Civil Veterinary Department. Madras. Admin. report 1926-33 - 1926-1933
Year: 1926
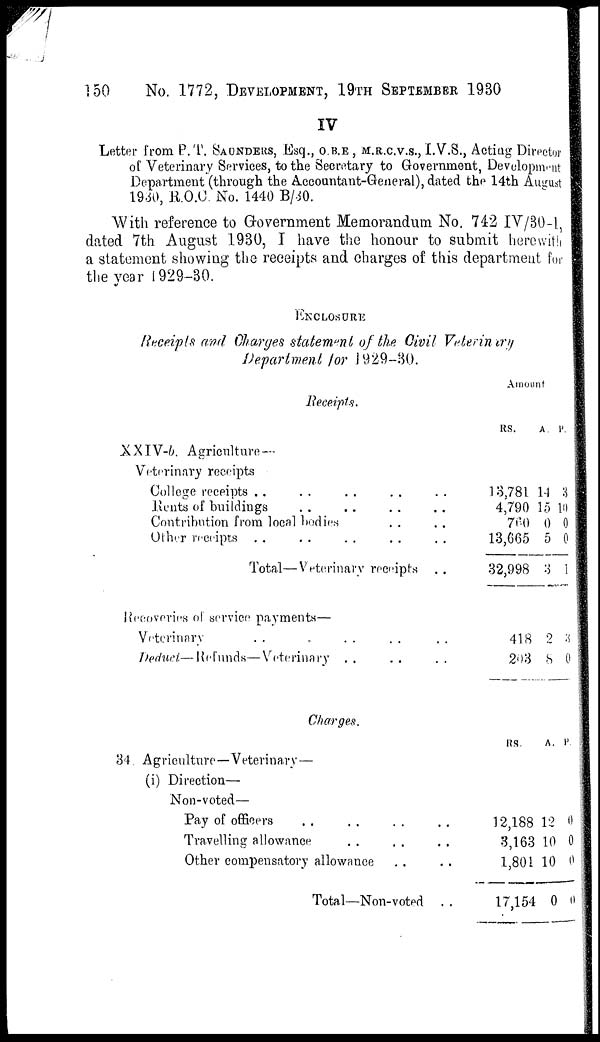
150
No. 1772, DEVELOPMENT, 19TH SEPTEMBER 1930
IV
Letter from P.T. SAUNDERS, Esq., O.B.E, M.R.C.V.S., I.V.S., Acting Director
of Veterinary Services, to the Secretary to Government, Development
Department (through the Accountant-General), dated the 14th August
1930, R.O.C. No. 1440 B/30.
With reference to Government Memorandum No. 742 IV/30-1
dated 7th August 1930, I have the honour to submit herewith
a statement showing the receipts and charges of this department for
the year 1929-30.
ENCLOSURE
Receipts and Charges statement of the Civil Veterinary
Department for 1929-30.
Receipts.
XXIV-b. Agriculture-
Veterinary receipts
College receipts .. .. .. ..
Rents of buildings .. .. .. ..
Contribution from local bodies .. ..
Other receipts .. .. .. ..
Total—Veterinary receipts ..
Amount
RS.
A. P.
13,781 14 3
4,790 15 10
760 0 0
13,665 5 0
32,998 3 1
Recoveries of service payments—
Veterinary .. .. .. ..
Deduct—Refunds—Veterinary .. ..
..
..
418 2 3
203 8 0
Charges.
34. Agriculture—Veterinary —
(i) Direction—
Non-voted—
Pay of officers .. .. .. ..
Travelling allowance .. .. ..
Other compensatory allowance .. ..
Total—Non-voted ..
RS.
A. P.
12,188
3,163
1,801
17,154
12
10
10
0
0
0
0
0